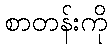
စာတန်းကို